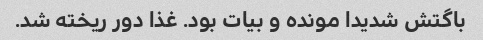
باگتش شدیدا مونده و بیات بود. غذا دور ریخته شد.